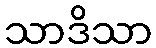
သာဒိသာ